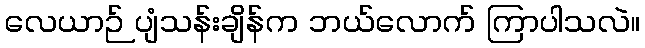
လေယာဉ် ပျံသန်းချိန်က ဘယ်လောက် ကြာပါသလဲ။